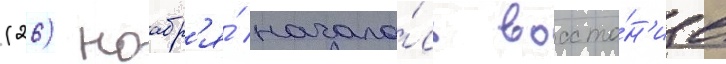
(26) ноабр'я́ начало́сь восста́н'ие